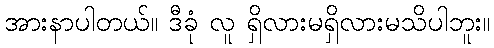
အားနာပါတယ်။ ဒီခုံ လူ ရှိလားမရှိလားမသိပါဘူး။